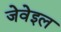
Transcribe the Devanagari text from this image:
जेवेइल